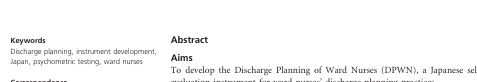
<table><thead><tr><td>[EMPTY_CELL]</td><td><b>No. of items</b></td><td><b>Cronbach's alpha</b></td><td><b>ICC</b></td></tr></thead><tbody><tr><td>DPWN (Total score)</td><td>24</td><td>0·95</td><td>0·74</td></tr><tr><td>Subscale 1: Teaching home‐care skills with community/hospital professionals</td><td>8</td><td>0·93</td><td>0·67</td></tr><tr><td>Subscale 2: Identifying clients’ potential needs early in the discharge process</td><td>5</td><td>0·86</td><td>0·55</td></tr><tr><td>Subscale 3: Introducing social resources</td><td>4</td><td>0·91</td><td>0·62</td></tr><tr><td>Subscale 4: Identifying client/family wishes and building consensus for discharge</td><td>7</td><td>0·91</td><td>0·69</td></tr></tbody></table>